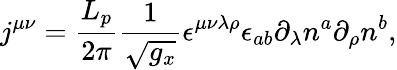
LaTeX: j^{\mu\nu}=\frac{L_{p}}{2\pi}\frac 1{\sqrt{g_{x}}}\epsilon^{\mu\nu\lambda\rho}\epsilon_{ab}\partial_{\lambda}n^{a}\partial_{\rho}n^{b},